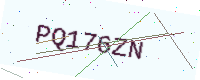
Text: PQ176ZN